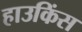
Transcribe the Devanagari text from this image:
हाउकिंस